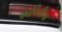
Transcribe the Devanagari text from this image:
काविळीचा